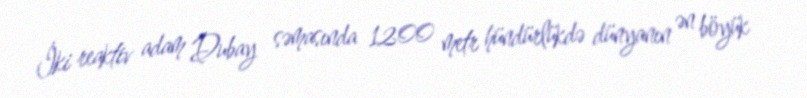
İki reaktiv adam Dubay səmasında 1200 metr hündürlükdə dünyanın ən böyük